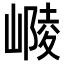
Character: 𡻴